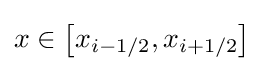
{x\in \left[x_{i-1/2},x_{i+1/2}\right]}